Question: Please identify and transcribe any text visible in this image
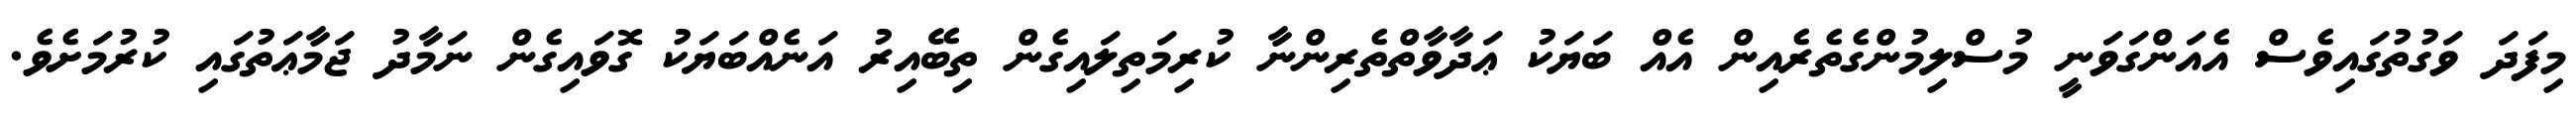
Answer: މިފަދަ ވަގުތުގައިވެސް އެއަންގަވަނީ މުސްލިމުންގެތެރެއިން އެއް ބަޔަކު ޢަދާވާތްތެރިންނާ ކުރިމަތިލައިގެން ތިބޭއިރު އަނެއްބަޔަކު ގޮވައިގެން ނަމާދު ޖަމާޢަތުގައި ކުރުމަށެވެ.